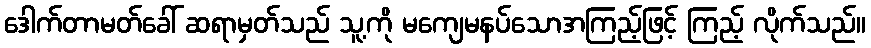
ဒေါက်တာမတ်ခေါ် ဆရာမှတ်သည် သူ့ကို မကျေမနပ်သောအကြည့်ဖြင့် ကြည့် လိုက်သည်။